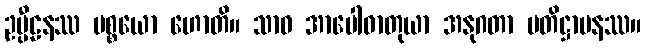
ဥပ္ပီဠနဿ ပစ္စယော ဟောတိ။ သာဝ အာပေါဓာတုယာ အနုဂတာ ပတိဋ္ဌာပနဿ။